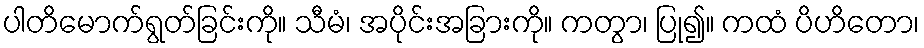
ပါတိမောက်ရွတ်ခြင်းကို။ သီမံ၊ အပိုင်းအခြားကို။ ကတွာ၊ ပြု၍။ ကထံ ပိဟိတော၊